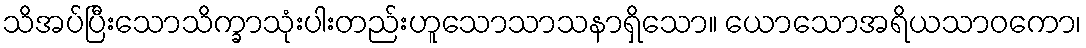
သိအပ်ပြီးသောသိက္ခာသုံးပါးတည်းဟူသောသာသနာရှိသော။ ယောသောအရိယသာဝကော၊